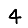
Digit: 4